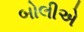
બોલીએ